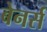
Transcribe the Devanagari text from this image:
बेनर्स